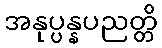
အနုပ္ပန္နပညတ္တိ